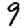
Digit: 9